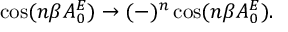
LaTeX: \cos ( n \beta A _ { 0 } ^ { E } ) \to ( - ) ^ { n } \cos ( n \beta A _ { 0 } ^ { E } ) .